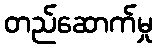
တည်ဆောက်မှု